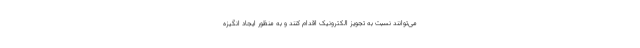
می‌توانند نسبت به تجویز الکترونیک اقدام کنند و به منظور ایجاد انگیزه